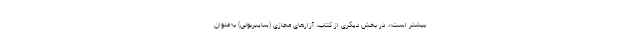
بیشتر است». در بخش دیگری از کتاب، آزارهای مجازی (سایبربولی) به‌عنوان